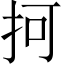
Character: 抲